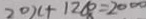
2 0 x + 1 2 6 0 = 2 0 0 0